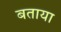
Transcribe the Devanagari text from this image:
बताया